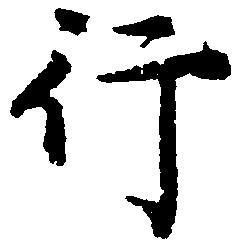
行